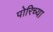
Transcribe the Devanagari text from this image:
पोरिच्या